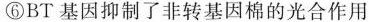
⑥BT 基因抑制了非转基因棉的光合作用